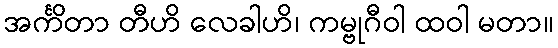
အင်္ကိတာ တီဟိ လေခါဟိ၊ ကမ္ဗုဂီဝါ ထဝါ မတာ။